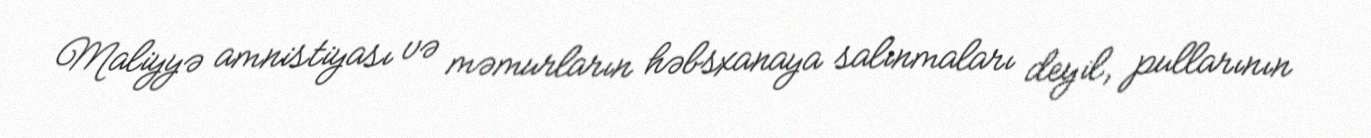
Maliyyə amnistiyası və məmurların həbsxanaya salınmaları deyil, pullarının